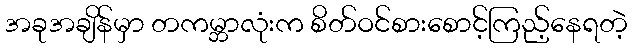
အခုအချိန်မှာ တကမ္ဘာလုံးက စိတ်ဝင်စားစောင့်ကြည့်နေရတဲ့